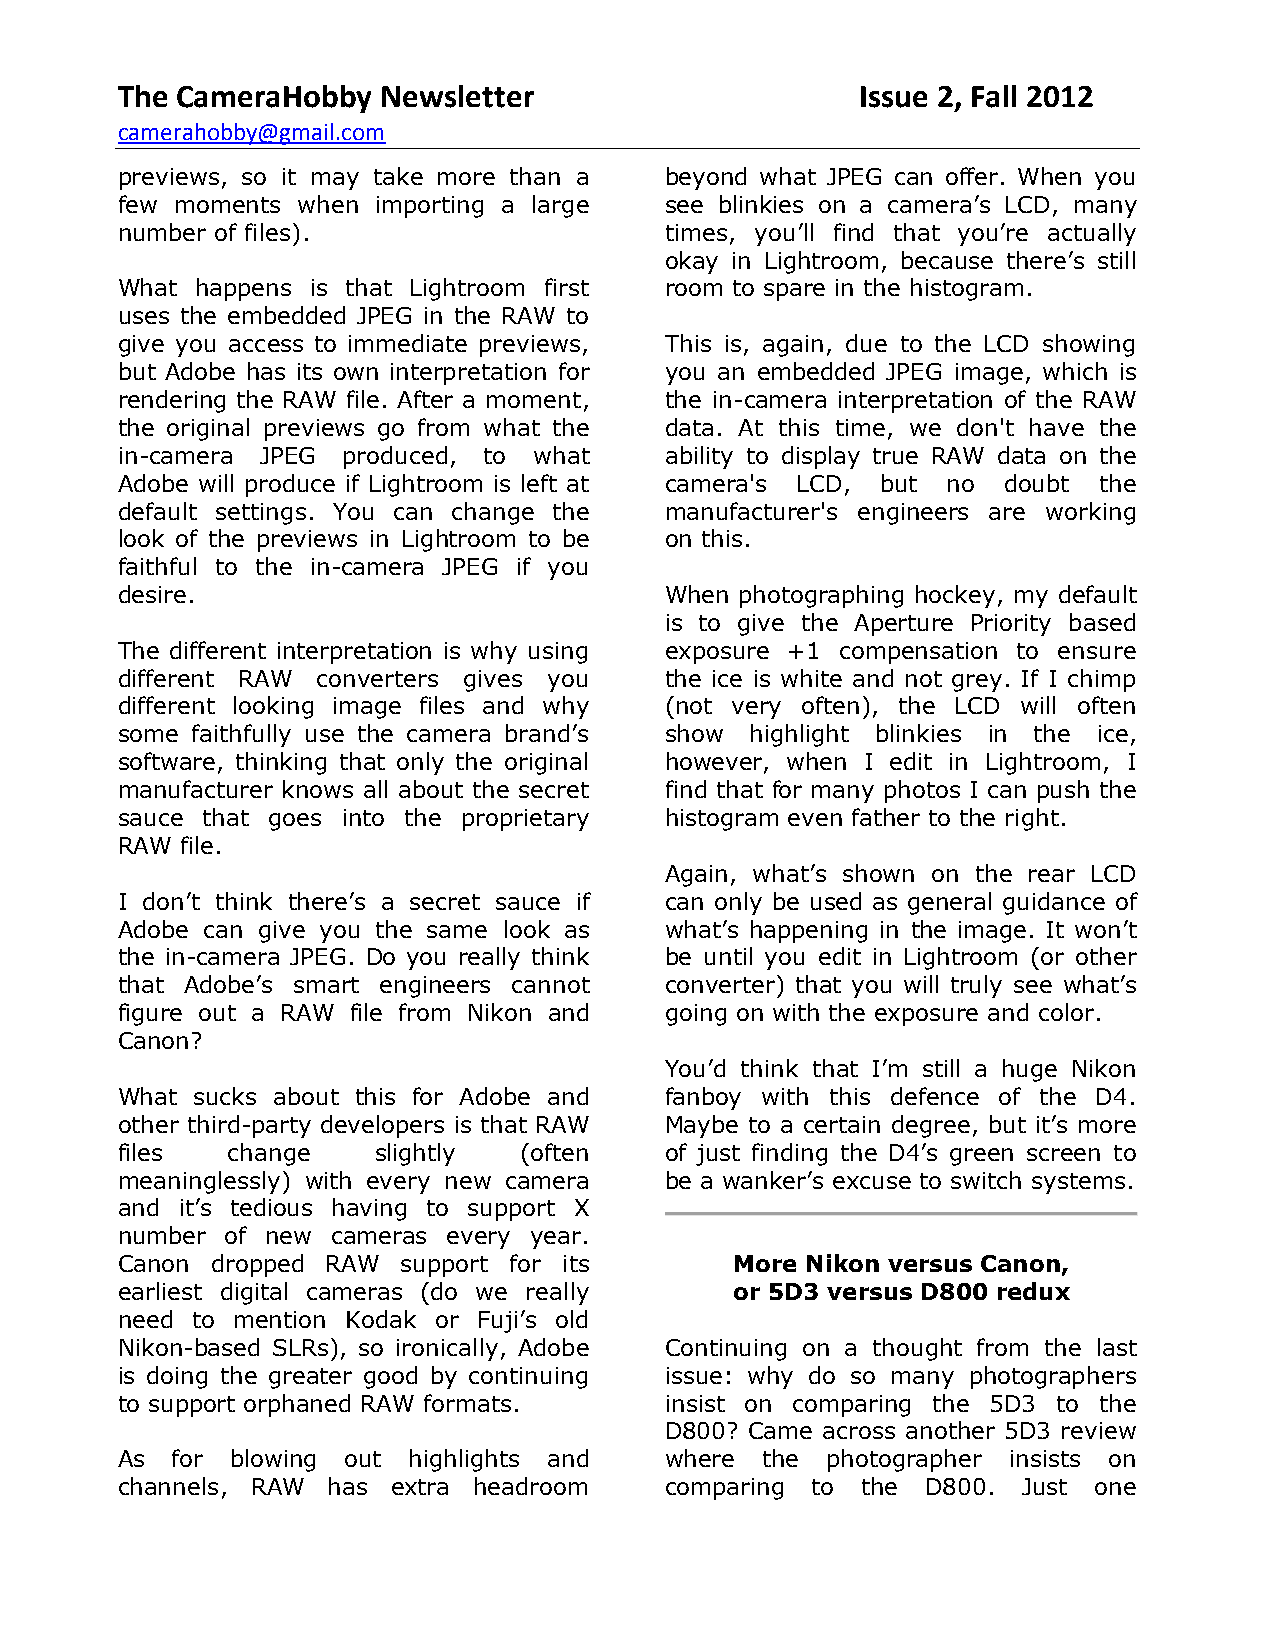
The CameraHobby  Newsletter                      Issue 2, Fall 2012
 camerahobby@gmail.com
 previews, so it may take more than a beyond what JPEG can offer. When you
 few moments when importing a large  see blinkies on a camera’s LCD, many
 number of files).                   times, you’ll find that you’re actually
 okay in Lightroom, because there’s still
 What happens is that Lightroom first room to spare in the histogram.
 uses the embedded JPEG in the RAW to
 give you access to immediate previews, This is, again, due to the LCD showing
 but Adobe has its own interpretation for you an embedded JPEG image, which is
 rendering the RAW file. After a moment, the in-camera interpretation of the RAW
 the original previews go from what the data. At this time, we don't have the
 in-camera JPEG produced, to what    ability to display true RAW data on the
 Adobe will produce if Lightroom is left at camera's LCD, but no doubt the
 default settings. You can change the manufacturer's engineers are working
 look of the previews in Lightroom to be on this.
 faithful to the in-camera JPEG if you
 desire.                             When photographing hockey, my default
 is to give the Aperture Priority based
 The different interpretation is why using exposure +1 compensation to ensure
 different RAW converters gives you  the ice is white and not grey. If I chimp
 different looking image files and why (not very often), the LCD will often
 some faithfully use the camera brand’s show highlight blinkies in the ice,
 software, thinking that only the original however, when I edit in Lightroom, I
 manufacturer knows all about the secret find that for many photos I can push the
 sauce that goes into the proprietary histogram even father to the right.
 RAW file.
 Again, what’s shown on the rear LCD
 I don’t think there’s a secret sauce if can only be used as general guidance of
 Adobe can give you the same look as what’s happening in the image. It won’t
 the in-camera JPEG. Do you really think be until you edit in Lightroom (or other
 that Adobe’s smart engineers cannot converter) that you will truly see what’s
 figure out a RAW file from Nikon and going on with the exposure and color.
 Canon?
 You’d think that I’m still a huge Nikon
 What sucks about this for Adobe and fanboy with this defence of the D4.
 other third-party developers is that RAW Maybe to a certain degree, but it’s more
 files  change    slightly (often    of just finding the D4’s green screen to
 meaninglessly) with every new camera be a wanker’s excuse to switch systems.
 and it’s tedious having to support X
 number of new cameras every year.
 Canon dropped RAW  support for its       More Nikon versus Canon,
 earliest digital cameras (do we really   or 5D3 versus D800 redux
 need to mention Kodak or Fuji’s old
 Nikon-based SLRs), so ironically, Adobe Continuing on a thought from the last
 is doing the greater good by continuing issue: why do so many photographers
 to support orphaned RAW formats.    insist on comparing the 5D3 to the
 D800? Came across another 5D3 review
 As for blowing out highlights and   where the  photographer insists on
 channels, RAW has extra headroom    comparing to the D800.  Just one